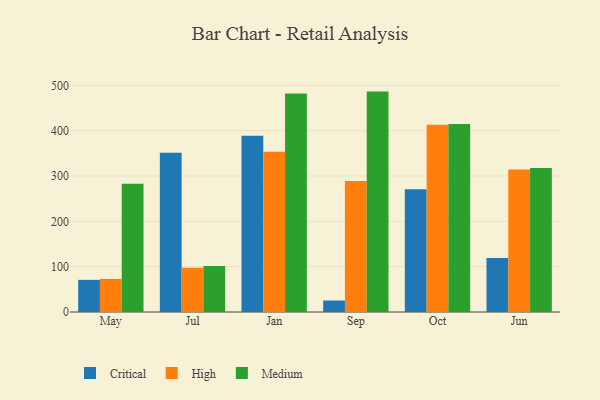
{"axis": {"x": "Month", "y": "Satisfaction Score"}, "legend": ["Critical", "High", "Medium"], "data": [{"x": "May", "y": 70.9, "type": "Critical"}, {"x": "May", "y": 72.9, "type": "High"}, {"x": "May", "y": 283.1, "type": "Medium"}, {"x": "Jul", "y": 351.3, "type": "Critical"}, {"x": "Jul", "y": 97.5, "type": "High"}, {"x": "Jul", "y": 101.5, "type": "Medium"}, {"x": "Jan", "y": 388.8, "type": "Critical"}, {"x": "Jan", "y": 353.4, "type": "High"}, {"x": "Jan", "y": 482.0, "type": "Medium"}, {"x": "Sep", "y": 25.3, "type": "Critical"}, {"x": "Sep", "y": 289.2, "type": "High"}, {"x": "Sep", "y": 486.2, "type": "Medium"}, {"x": "Oct", "y": 271.0, "type": "Critical"}, {"x": "Oct", "y": 413.2, "type": "High"}, {"x": "Oct", "y": 414.6, "type": "Medium"}, {"x": "Jun", "y": 119.1, "type": "Critical"}, {"x": "Jun", "y": 314.2, "type": "High"}, {"x": "Jun", "y": 317.9, "type": "Medium"}]}